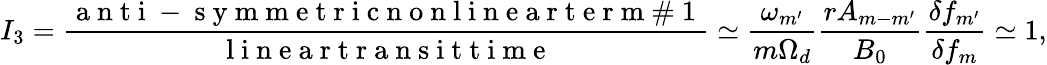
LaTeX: I_{3}=\frac{\mathrm{~a~n~t~i~-~s~y~m~m~e~t~r~i~c~n~o~n~l~i~n~e~a~r~t~e~r~m~\# ~1~}}{\mathrm{~l~i~n~e~a~r~t~r~a~n~s~i~t~t~i~m~e~}}\simeq\frac{\omega_{m^{\prime}}}{m\Omega_{d}}\frac{rA_{m-m^{\prime}}}{B_{0}}\frac{\delta f_{m^{\prime}}}{{\delta f_{m}}}\simeq 1,